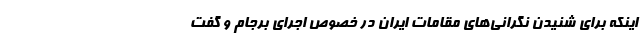
اینکه برای شنیدن نگرانی‌های مقامات ایران در خصوص اجرای برجام و گفت